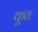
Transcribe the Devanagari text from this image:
कूत